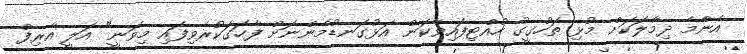
އެންމެ ދިމާލަކަށް މުޅި ތަހުގީގު ހުއްޓިފައިވާކަން އަޅުގަނޑުމެންނަށް ފާހަގަކުރެވިފައި މިވަނީ" އަލީ އާރިފް